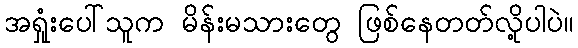
အရှုံးပေါ်သူက မိန်းမသားတွေ ဖြစ်နေတတ်လို့ပါပဲ။